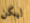
ليكن